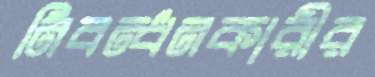
নিবন্ধনকারীর